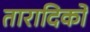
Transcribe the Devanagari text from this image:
तारादिकों